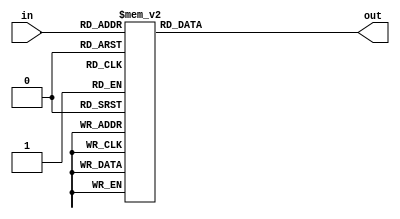
module seven_seg (input [3:0] in, output reg[6:0] out);

always @(*) begin
	case(in)
		4'b0000: out = ~7'b0111111;
		4'b0001: out = ~7'b0000110;
		4'b0010: out = ~7'b1011011;
		4'b0011: out = ~7'b1001111;
		4'b0100: out = ~7'b1100110;
		4'b0101: out = ~7'b1101101;
		4'b0110: out = ~7'b1111101;
		4'b0111: out = ~7'b0000111;
		4'b1000: out = ~7'b1111111;
		4'b1001: out = ~7'b1101111;
		4'b1010: out = ~7'b1110111;
		4'b1011: out = ~7'b1111100;
		4'b1100: out = ~7'b0111001;
		4'b1101: out = ~7'b1011110;
		4'b1110: out = ~7'b1111001;
		4'b1111: out = ~7'b1110001;
	endcase
end

endmodule